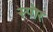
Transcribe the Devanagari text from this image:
स्पॊर